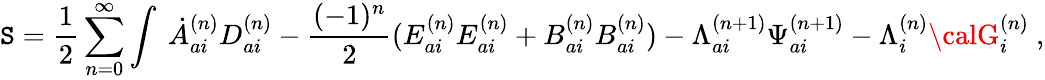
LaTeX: \mathtt{S}=\frac{{1}}{{2}}\sum_{n=0}^{\infty}\int\ \dot{{A}}_{ai}^{(n)}D_{ai}^{(n)}-\frac{{(-1)^{n}}}{{2}}(E_{ai}^{(n)}E_{ai}^{(n)}+B_{ai}^{(n)}B_{ai}^{(n)})-{\Lambda}_{ai}^{(n+1)}{\Psi}_{ai}^{(n+1)}-{\Lambda}_{i}^{(n)}{\calG}_{i}^{(n)}\ ,